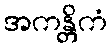
အကန္တိကံ